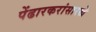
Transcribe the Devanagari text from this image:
पेंढारकरांसारखे